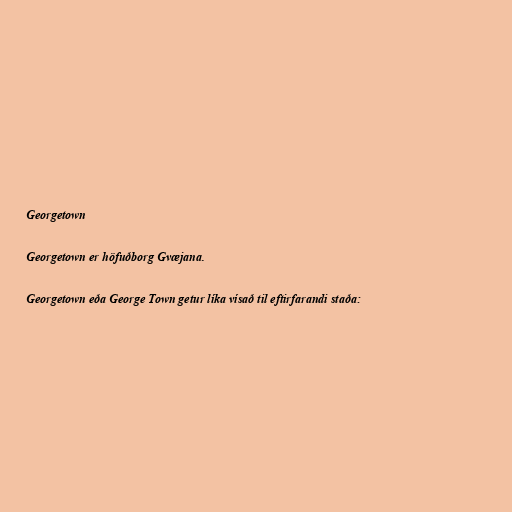
Georgetown

Georgetown er höfuðborg Gvæjana.

Georgetown eða George Town getur líka vísað til eftirfarandi staða: